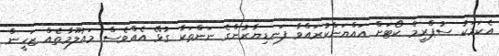
އެކަމަކު ސުޕްރީމް ކޯޓަށް އައްޔަންކުރައްވާ ފަނޑިޔާރުންގެ ނަންތަކާ ގުޅޭ އެއްވެސް މައުލޫމާތެއް ޒަހީން